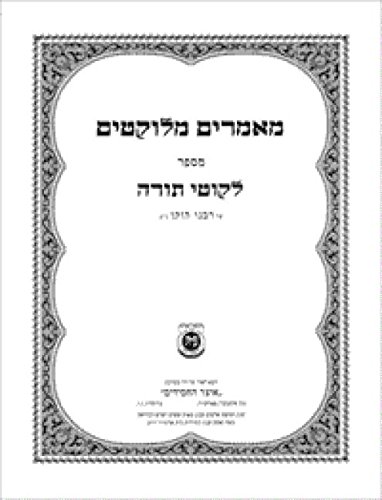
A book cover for Maamarim Melukatim Msefer Likutei Torah; Schneur Z. Boruchovich; Religion & Spirituality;